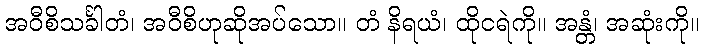
အဝီစိသင်္ခါတံ၊ အဝီစိဟုဆိုအပ်သော။ တံ နိရယံ၊ ထိုငရဲကို။ အန္တံ၊ အဆုံးကို။